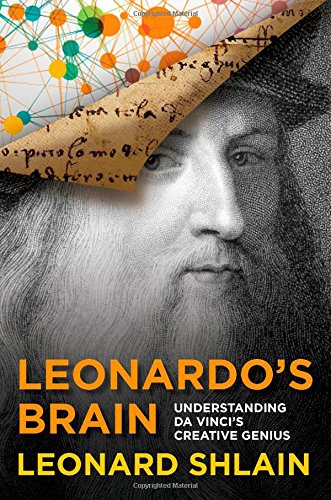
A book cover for Leonardo's Brain: Understanding Da Vinci's Creative Genius; Leonard Shlain; Health, Fitness & Dieting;